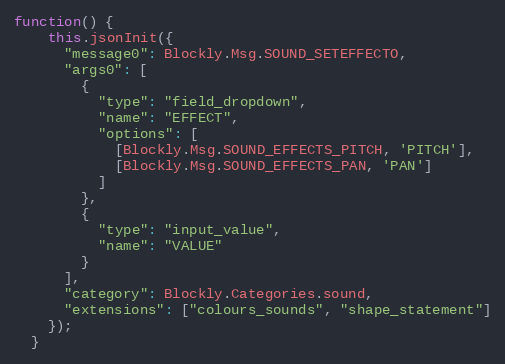
Language: JavaScript
function() {
    this.jsonInit({
      "message0": Blockly.Msg.SOUND_SETEFFECTO,
      "args0": [
        {
          "type": "field_dropdown",
          "name": "EFFECT",
          "options": [
            [Blockly.Msg.SOUND_EFFECTS_PITCH, 'PITCH'],
            [Blockly.Msg.SOUND_EFFECTS_PAN, 'PAN']
          ]
        },
        {
          "type": "input_value",
          "name": "VALUE"
        }
      ],
      "category": Blockly.Categories.sound,
      "extensions": ["colours_sounds", "shape_statement"]
    });
  }